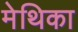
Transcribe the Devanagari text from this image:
मेथिका